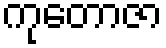
ကုတောဇာ